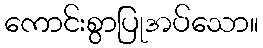
ကောင်းစွာပြုအပ်သော။